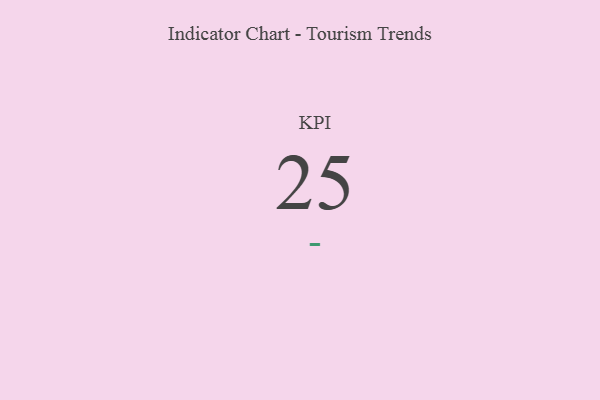
{"axis": {"x": "KPI", "y": "Value"}, "legend": [""], "data": [{"x": "KPI", "y": 25, "type": ""}]}